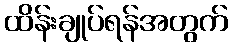
ထိန်းချုပ်ရန်အတွက်